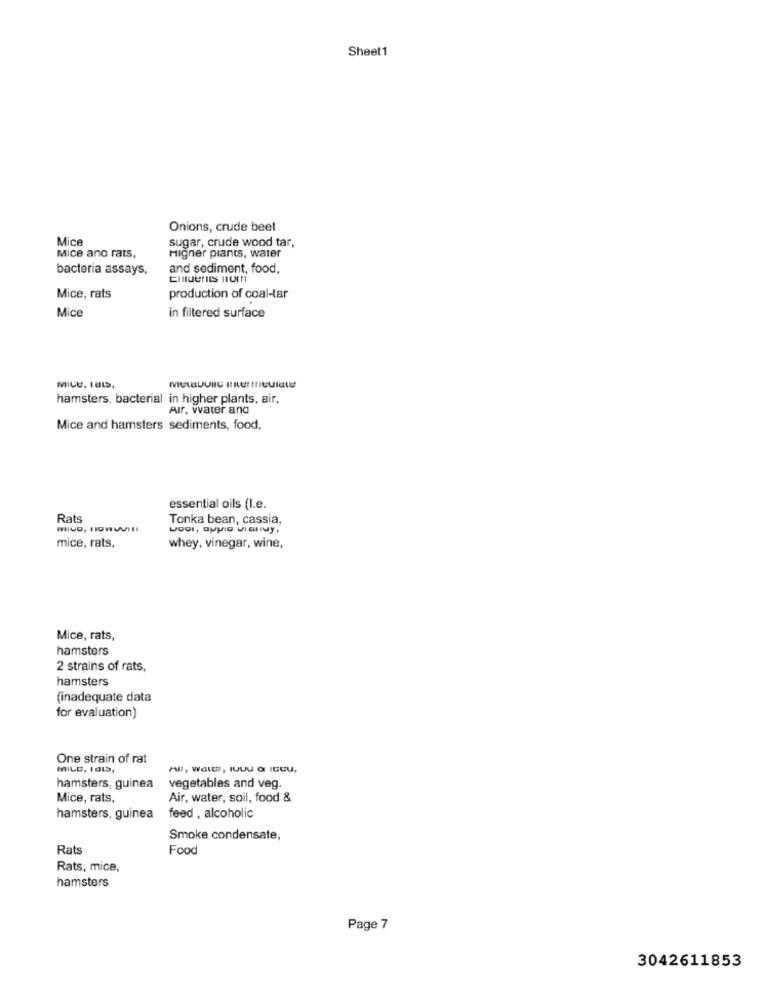
Sheet1
Onions, crude beet
Mice
sugar, crude wood tar,
Mice and rats,
Higner plants, water
bacteria assays,
and sediment, food,
Mice, rats
production of coal-tar
Mice
in filtered surface
MICE, LUI,
hamsters, bacterial in higher plants, air,
Air, vvater and
Mice and hamsters sediments, food,
essential oils (I.e.
Rats
Tonka bean, cassia,
mice, rats,
whey, vinegar, wine,
Mice, rats,
hamsters
2 strains of rats,
hamsters
(inadequate data
for evaluation)
One strain of rat
MILD, IdID,
All, WaLEI, IUUU & ICEU,
hamsters, guinea
vegetables and veg.
Mice, rats,
Air, water, soil, food &
hamsters, guinea
feed , alcoholic
Smoke condensate,
Rats
Food
Rats, mice,
hamsters
Page 7
3042611853